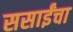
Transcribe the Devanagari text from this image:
ससाईंचा